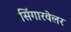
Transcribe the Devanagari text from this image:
सिंगारवेलर